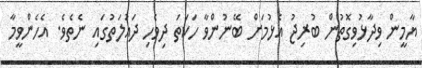
ޔާމީން ވިދާޅުވިގޮތުން ބުރިޖު އެޅުމަށް ބޭނުންވާ ހަކަތަ ދިވެހި ދައުލަތުގައި ނެތެވެ. އެހެންވީމާ